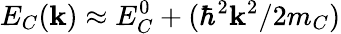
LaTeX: E_{C}({\mathbf k})\approx E_{C}^{0}+(\hbar^{2}{\mathbf k}^{2}/2m_{C})